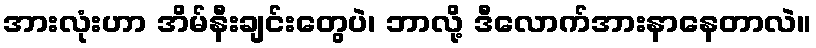
အားလုံးဟာ အိမ်နီးချင်းတွေပဲ၊ ဘာလို့ ဒီလောက်အားနာနေတာလဲ။